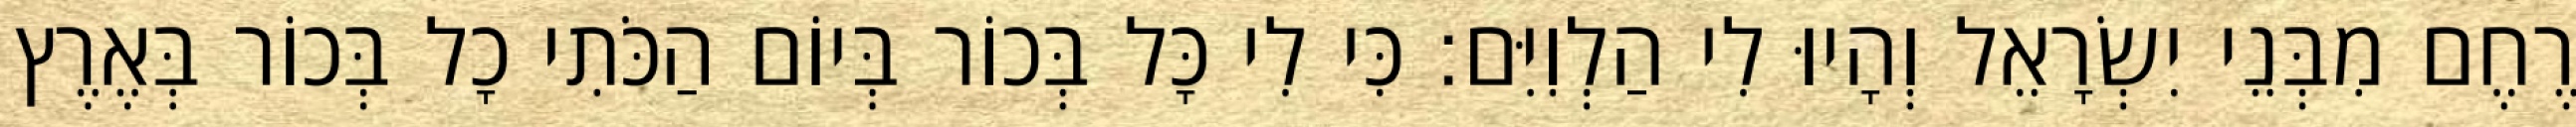
רֶחֶם מִבְּנֵי יִשְׂרָאֵל וְהָיוּ לִי הַלְוִיִּם׃ כִּי לִי כָּל בְּכוֹר בְּיוֹם הַכֹּתִי כָל בְּכוֹר בְּאֶרֶץ